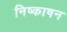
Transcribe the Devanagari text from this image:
निष्काषन